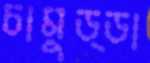
চামুড্ডা